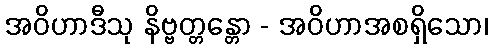
အဝိဟာဒီသု နိဗ္ဗတ္တန္တော - အဝိဟာအစရှိသော၊